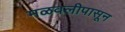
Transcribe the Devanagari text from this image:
मळवलीपासून